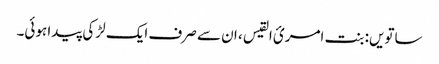
ساتویں: بنت امریٴ القیس ، ان سے صرف ایک لڑکی پیدا ہوئی۔